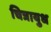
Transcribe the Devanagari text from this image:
चित्रायुध